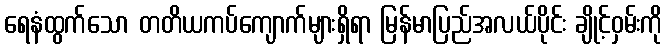
ရေနံထွက်သော တတိယကပ်ကျောက်များရှိရာ မြန်မာပြည်အလယ်ပိုင်း ချိုင့်ဝှမ်းကို